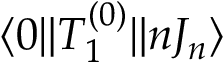
\langle 0 \| T _ { 1 } ^ { ( 0 ) } \| n J _ { n } \rangle